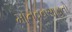
માનવવસાહતો